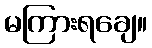
မကြားရချေ။